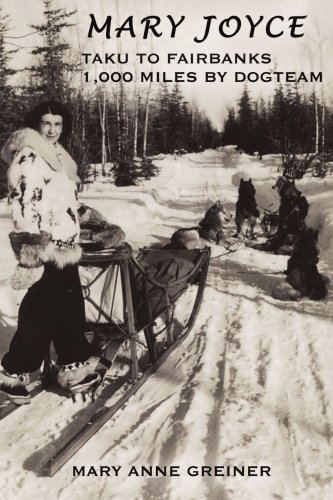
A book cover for MARY JOYCE: TAKU TO FAIRBANKS, 1,000 MILES BY DOGTEAM; Mary Greiner; Travel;